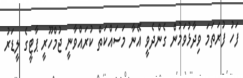
ފަހު ފުރަތަމަ ވިދާޅުވަމުން ގެންދެވީ އޭނާ މަސައްްކަތް ކުރައްވާނީ ޖުމްހޫރީ ޕާޓީގެ ލީޑަރު